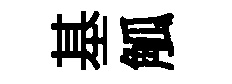
基觚